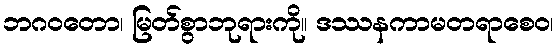
ဘဂဝတော၊ မြတ်စွာဘုရားကို။ ဒဿနကာမတရာစေဝ၊